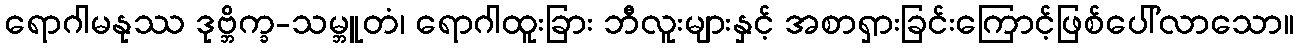
ရောဂါမနုဿ ဒုဗ္ဘိက္ခ-သမ္ဘူတံ၊ ရောဂါထူးခြား ဘီလူးများနှင့် အစာရှားခြင်းကြောင့်ဖြစ်ပေါ်လာသော။